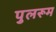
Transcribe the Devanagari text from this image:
पुलरूम